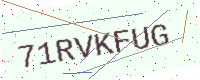
Text: 71RVKFUG